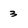
Character: 3